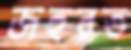
জহুরত